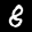
Label: 8